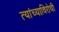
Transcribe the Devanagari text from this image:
त्यांच्याविरोधी